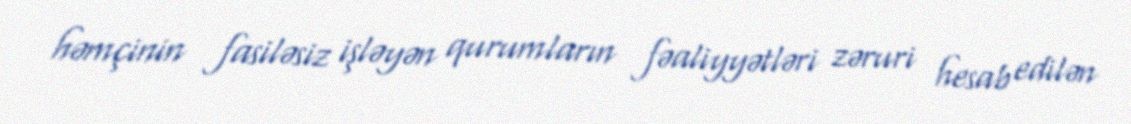
həmçinin fasiləsiz işləyən qurumların fəaliyyətləri zəruri hesab edilən